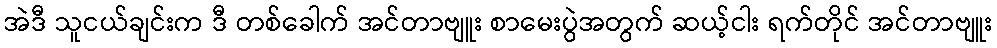
အဲဒီ သူငယ်ချင်းက ဒီ တစ်ခေါက် အင်တာဗျူး စာမေးပွဲအတွက် ဆယ့်ငါး ရက်တိုင် အင်တာဗျူး